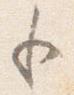
も